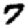
Digit: 7